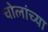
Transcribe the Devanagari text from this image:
चोलांच्या